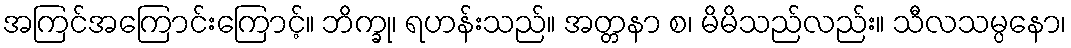
အကြင်အကြောင်းကြောင့်။ ဘိက္ခု၊ ရဟန်းသည်။ အတ္တနာ စ၊ မိမိသည်လည်း။ သီလသမ္ပနော၊